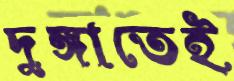
দুঙ্গাতেই